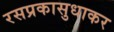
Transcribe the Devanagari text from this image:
रसप्रकासुधाकर